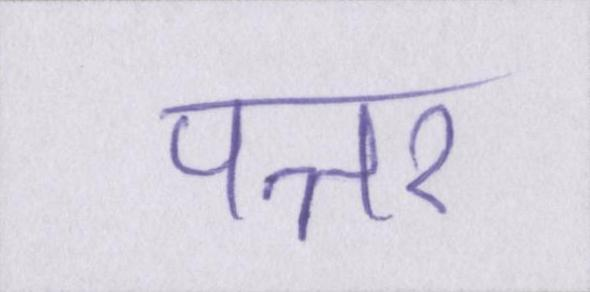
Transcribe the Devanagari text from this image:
पत्तर